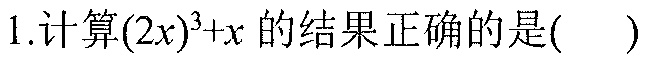
1.计算$(2x)^{3}+x$的结果正确的是( )